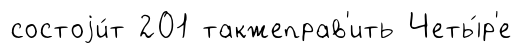
состоjи́т 201 такжеправ'ить Четы́р'е